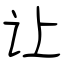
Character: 让